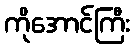
ကိုအောင်ကြီး